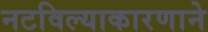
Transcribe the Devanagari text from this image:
नटविल्याकारणाने